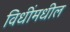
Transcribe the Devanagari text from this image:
विधींमधील